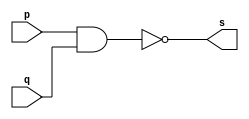
//---------------
//Marley Diniz
//371706
//guia02_01
//---------------


//-- nand gate

module nandgate (s, p, q);
	output s;
	input p, q;
	
//	assing s = ~(p & q);
	assign s = ~(p & q);  // CORRIGIDO

endmodule //nand

//-- or gate with nand

module orgate (s0, p, q);
	output s0;
	wire s1, s2;
	input p, q;
	
	nandgate NAND1 (s1, p, p);
	nandgate NAND2 (s2, q, q);
	nandgate NAND3 (s0, s1, s2);
	
endmodule //or

//-- teste or gate with nand

module testorgate;
	reg a, b;
	wire s;
	
	orgate OR1 (s, a, b);
	
	initial begin:start
		a = 0; b = 0;
	end
	
	//principal
	initial begin:main
		$display("Marley Diniz -- 371706");
		$display("Teste OR gate");
		$display("\n~(~%a & ~%b) = s\n");
		$monitor("~(~%b~ & ~%b) = %b", a, b, s);
	#1	a=0;	b=1;
	#1	a=1;	b=0;
	#1	a=1;	b=1;
	end
endmodule